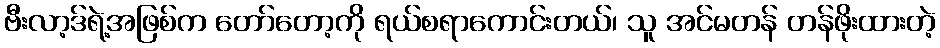
ဗီးလာ့ဒ်ရဲ့အဖြစ်က တော်တော့ကို ရယ်စရာကောင်းတယ်၊ သူ အင်မတန် တန်ဖိုးထားတဲ့